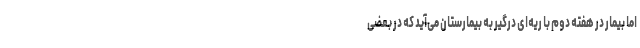
اما بیمار در هفته دوم با ریه‌ای درگیر به بیمارستان می‌آید که در بعضی